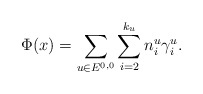
\begin{align*}\Phi (x) = \sum _{u\in E^{0,0}} \sum _{i=2}^{k_u} n^u_i \gamma _i^u.\end{align*}